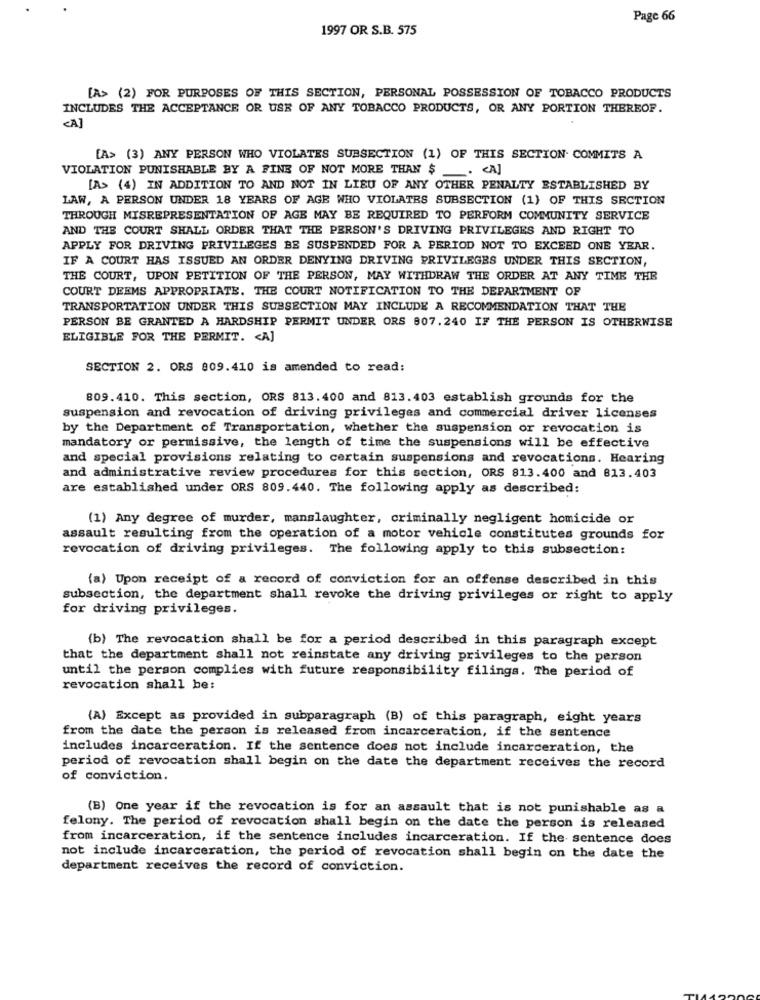
Page 66
1997 OR S.B. 575
[A> (2) FOR PURPOSES OF THIS SECTION, PERSONAL POSSESSION OF TOBACCO PRODUCTS
INCLUDES THE ACCEPTANCE OR USE OF ANY TOBACCO PRODUCTS, OR ANY PORTION THEREOF.
<A]
[A> (3) ANY PERSON WHO VIOLATES SUBSECTION (1) OF THIS SECTION- COMMITS A
VIOLATION PUNISHABLE BY A FINE OF NOT MORE THAN $ . A]
[A> (4) IN ADDITION TO AND NOT IN LIEU OF ANY OTHER PENALTY ESTABLISHED BY
LAW, A PERSON UNDER 18 YEARS OF AGE WHO VIOLATES SUBSECTION (1) OF THIS SECTION
THROUGH MISREPRESENTATION OF AGE MAY BE REQUIRED TO PERFORM COMMUNITY SERVICE
AND THE COURT SHALL ORDER THAT THE PERSON'S DRIVING PRIVILEGES AND RIGHT TO
APPLY FOR DRIVING PRIVILEGES BE SUSPENDED FOR A PERIOD NOT TO EXCEED ONE YEAR.
IF A COURT HAS ISSUED AN ORDER DENYING DRIVING PRIVILEGES UNDER THIS SECTION,
THE COURT, UPON PETITION OF THE PERSON, MAY WITHDRAW THE ORDER AT ANY TIME THE
COURT DEEMS APPROPRIATE. THE COURT NOTIFICATION TO THE DEPARTMENT OF
TRANSPORTATION UNDER THIS SUBSECTION MAY INCLUDE A RECOMMENDATION THAT THE
PERSON BE GRANTED A HARDSHIP PERMIT UNDER ORS 907.240 IF THE PERSON IS OTHERWISE
ELIGIBLE FOR THE PERMIT. < A]
SECTION 2. ORS 809.410 is amended to read:
809.410. This section, ORS 813.400 and 813.403 establish grounds for the
suspension and revocation of driving privileges and commercial driver licenses
by the Department of Transportation, whether the suspension or revocation is
mandatory or permissive, the length of time the suspensions will be effective
and special provisions relating to certain suspensions and revocations. Hearing
and administrative review procedures for this section, ORS 813.400 and 813.403
are established under ORS 809.440. The following apply as described:
(1) Any degree of murder, manslaughter, criminally negligent homicide or
assault resulting from the operation of a motor vehicle constitutes grounds for
revocation of driving privileges. The following apply to this subsection:
(a) Upon receipt of a record of conviction for an offense described in this
subsection, the department shall revoke the driving privileges or right to apply
for driving privileges.
(b) The revocation shall be for a period described in this paragraph except
that the department shall not reinstate any driving privileges to the person
until the person complies with future responsibility filings. The period of
revocation shall be:
(A) Except as provided in subparagraph (B) of this paragraph, eight years
from the date the person is released from incarceration, if the sentence
includes incarceration. If the sentence does not include incarceration, the
period of revocation shall begin on the date the department receives the record
of conviction.
(B) One year if the revocation is for an assault that is not punishable as a
felony. The period of revocation shall begin on the date the person is released
from incarceration, if the sentence includes incarceration. If the sentence does
not include incarceration, the period of revocation shall begin on the date the
department receives the record of conviction.